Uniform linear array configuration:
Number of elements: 4
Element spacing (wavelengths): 0.25
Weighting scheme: hann
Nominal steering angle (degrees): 45
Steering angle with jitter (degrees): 44.081
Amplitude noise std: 0.05
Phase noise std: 0.05

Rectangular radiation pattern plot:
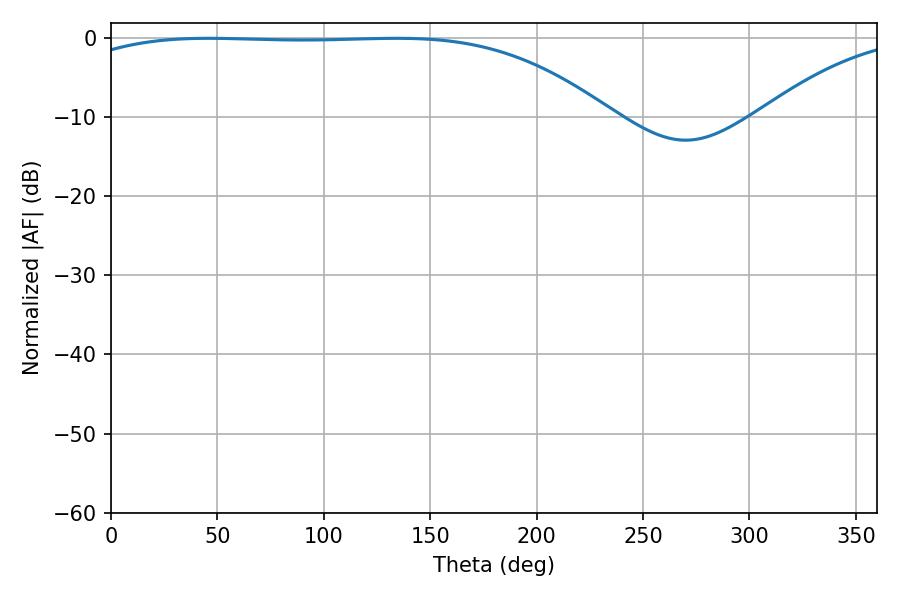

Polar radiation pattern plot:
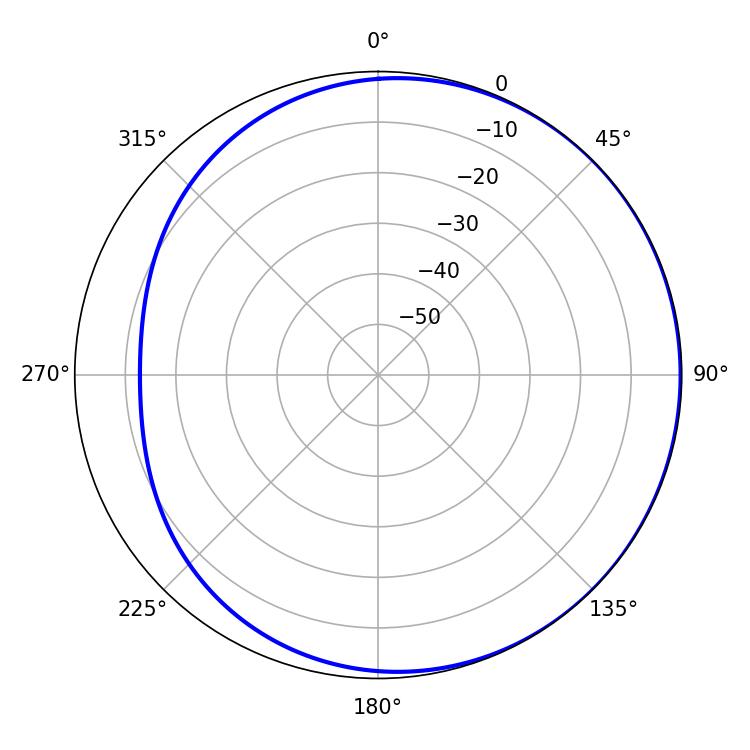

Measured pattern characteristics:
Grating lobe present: FALSE
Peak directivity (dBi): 0.9608
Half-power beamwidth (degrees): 196.38
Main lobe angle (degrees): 45.9